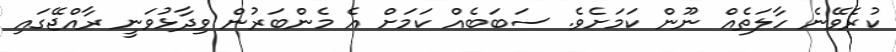
ކުރެވޭނެ ހާލަތެއް ނޫން ކަމަށެވެ. ސަބަބެއް ކަމަށް އެ މެންބަރުން ވިދާޅުވަނީ ރާއްޖޭގައި